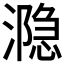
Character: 𰝋